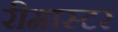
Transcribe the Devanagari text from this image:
रीमास्टर